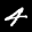
Digit: 4